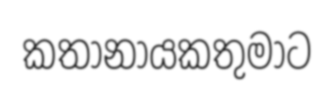
කතානායකතුමාට